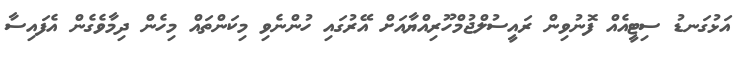
އަޅުގަނޑު ސިޓީއެއް ފޮނުވިން ރައީސުލްޖުމްހޫރިއްޔާއަށް އޭރުގައި ހުންނެވި މިކަންތައް މިހެން ދިމާވެގެން އެފައިސާ